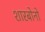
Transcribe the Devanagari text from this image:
शारबोनो